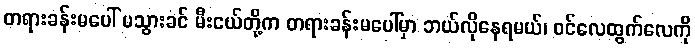
တရားခန်းမပေါ် မသွားခင် မီးငယ်တို့က တရားခန်းမပေါ်မှာ ဘယ်လိုနေရမယ်၊ ဝင်လေထွက်လေကို